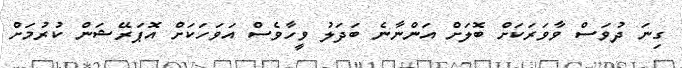
ގިނަ ދުވަސް ވާވަރަކަށް ބޮލަށް އަންނާނެ ބަދަލު ވީހާވެސް އަވަހަކަށް އޮޕަރޭޝަން ކުރުމަށް